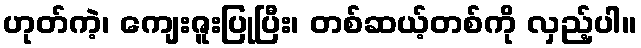
ဟုတ်ကဲ့၊ ကျေးဇူးပြုပြီး၊ တစ်ဆယ့်တစ်ကို လှည့်ပါ။